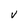
Character: V